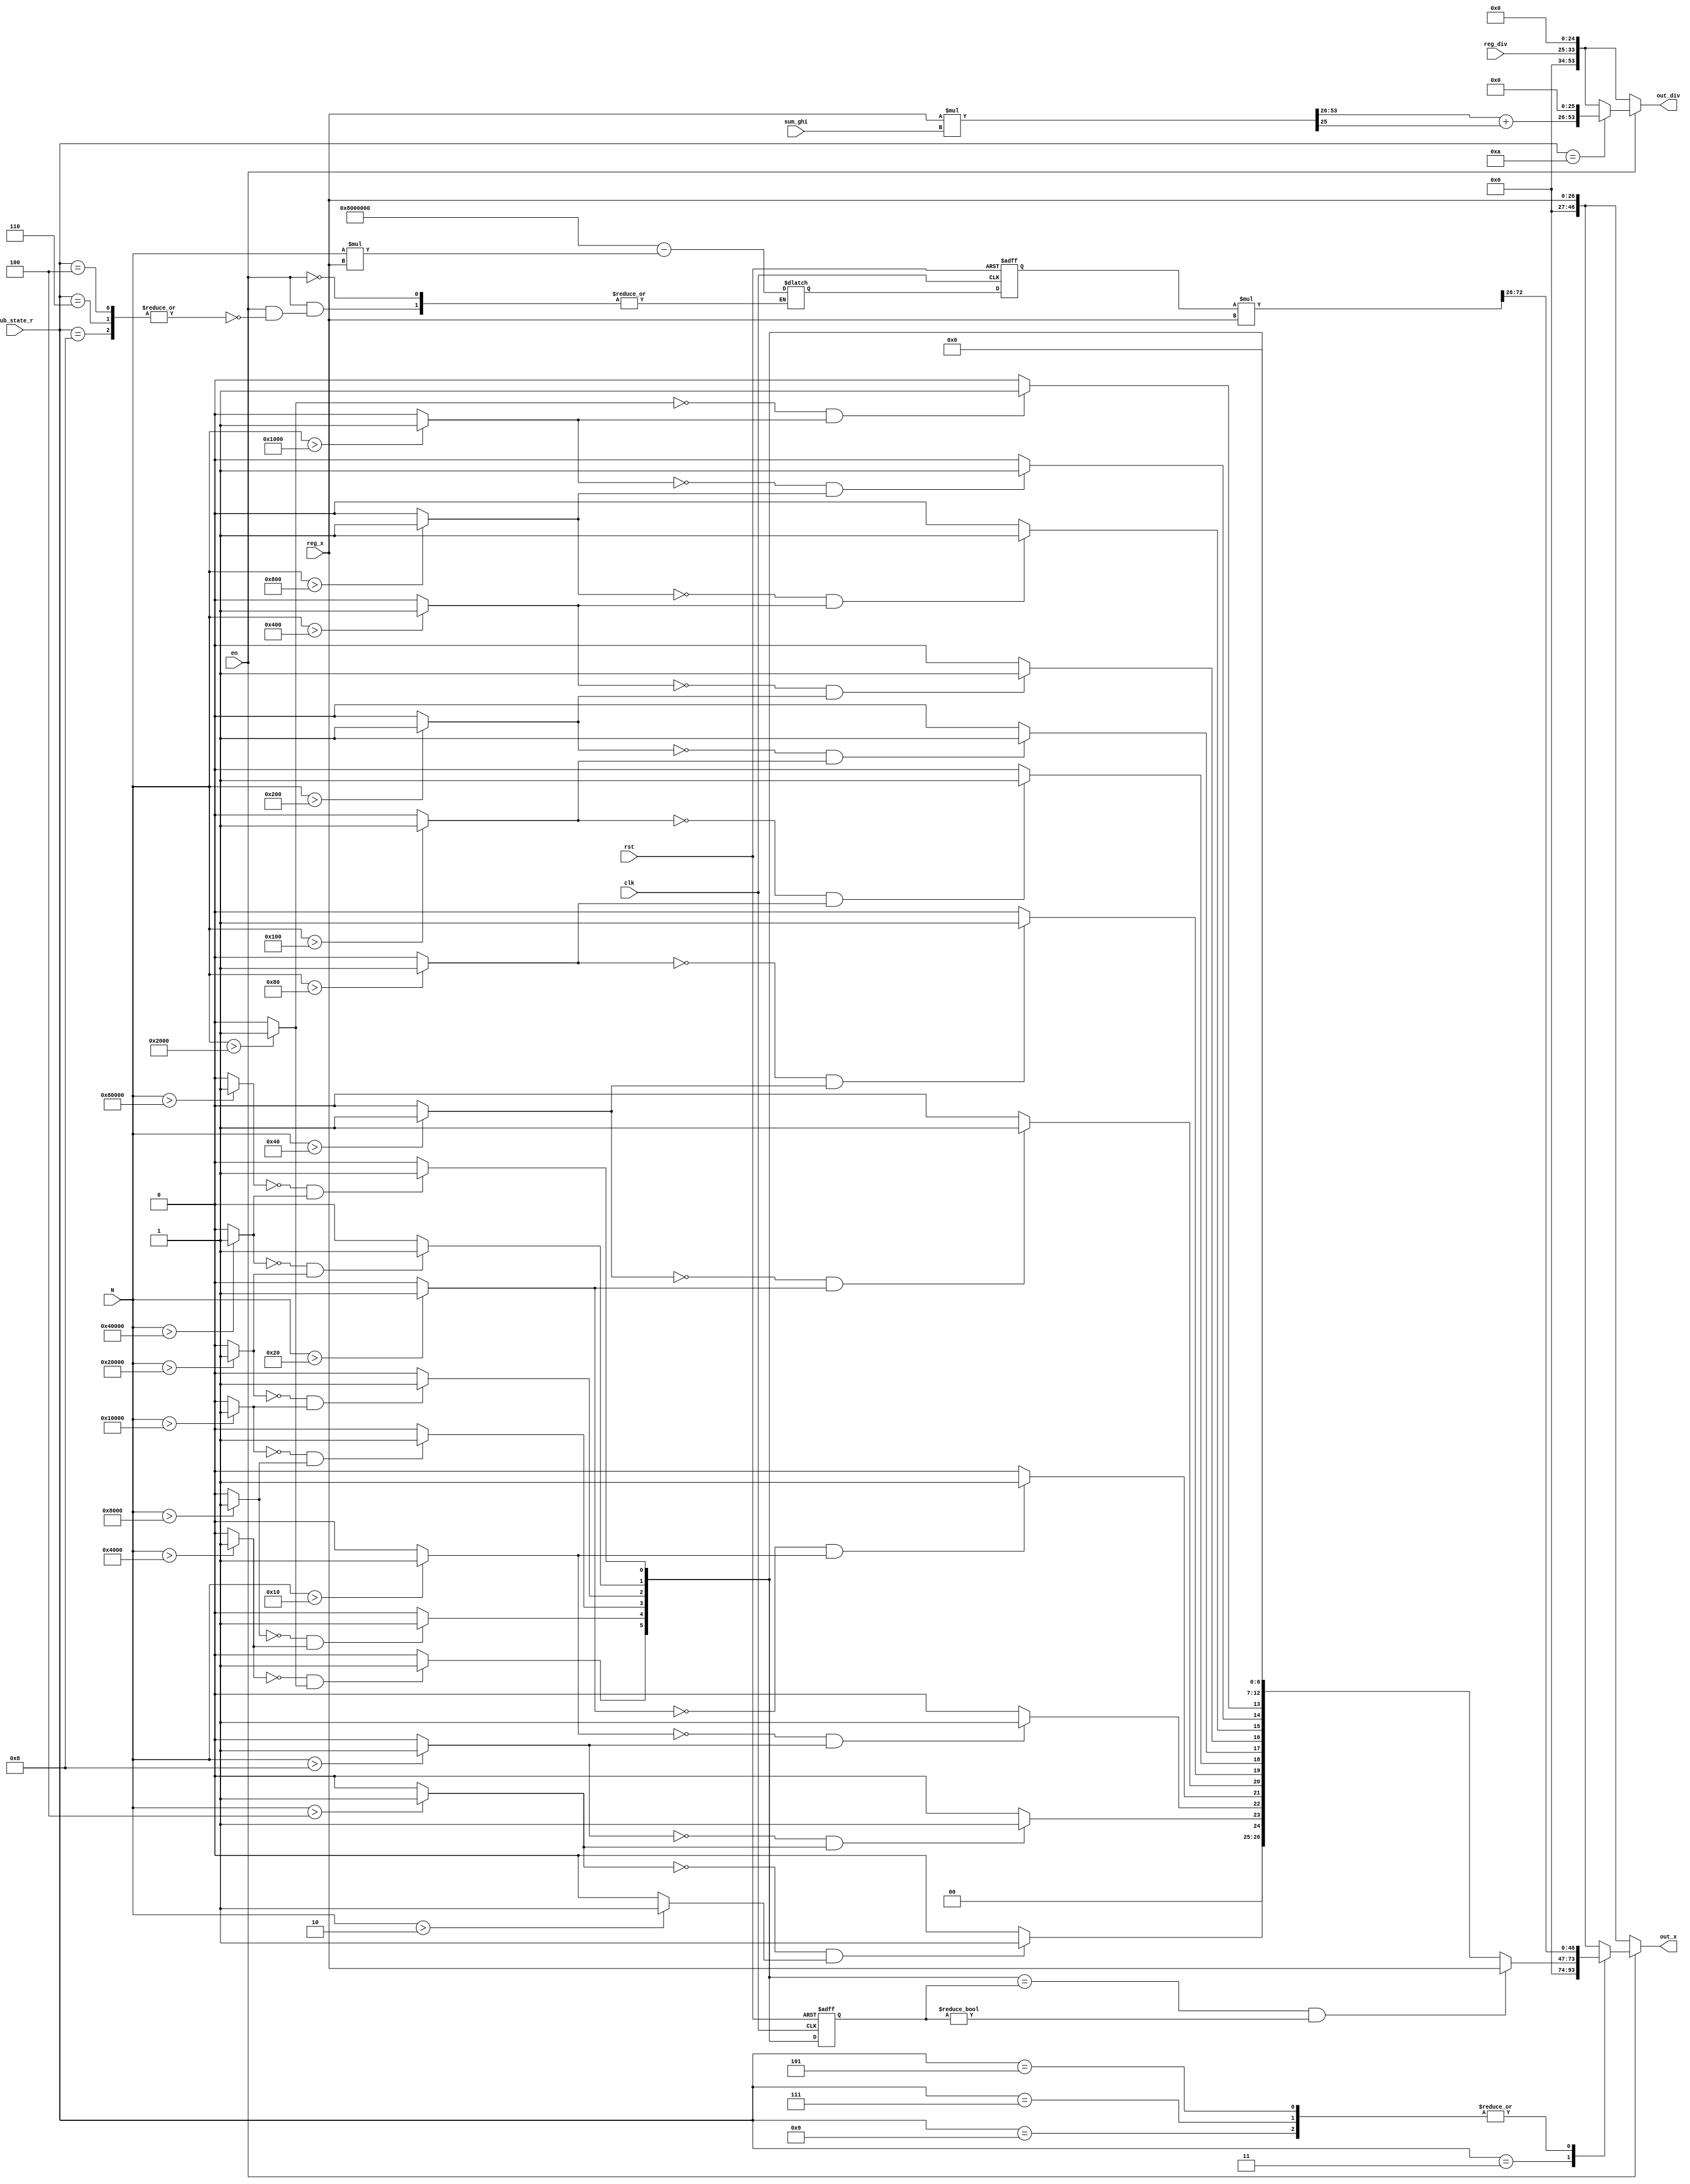

module div_ghi_gh(
    clk,rst,sub_state_r,
    sum_ghi,N,
    reg_div,out_div,
    reg_x,out_x,
    en
);

//==== I/O port ==========================
input   clk,rst;
input   [3:0]sub_state_r;
input   en;

input  [26:0] sum_ghi;      // 15bit int + 12bit frac 
input  [19:0] N;            // 8bit  int + 12bit frac

input      [26:0] reg_x;    // 1bit  int + (20+6)bit frac
output reg [46:0] out_x;    // 21bit int + 26bit frac //[73:0]
// output reg [73:0] out_x;    // 22bit int + 52bit frac
input       [8:0] reg_div;  // 8bit  int + 1bit frac
output reg [53:0] out_div;  // 16bit int + 38bit frac

reg  [5:0]  a_r;

wire init_1 ;
wire init_2 ;
wire init_3 ;
wire init_4 ;
wire init_5 ;
wire init_6 ;
wire init_7 ;
wire init_8 ;
wire init_9 ;
wire init_10;
wire init_11;
wire init_12;
wire init_13;
wire init_14;
wire init_15;
wire init_16;
wire init_17;
wire init_18;
wire init_19;

assign init_1  = (N>20'h2      )?1'b1:1'b0;
assign init_2  = (N>20'h4      )?1'b1:1'b0;
assign init_3  = (N>20'h8      )?1'b1:1'b0;
assign init_4  = (N>20'h10     )?1'b1:1'b0;
assign init_5  = (N>20'h20     )?1'b1:1'b0;
assign init_6  = (N>20'h40     )?1'b1:1'b0;
assign init_7  = (N>20'h80     )?1'b1:1'b0;
assign init_8  = (N>20'h100    )?1'b1:1'b0;
assign init_9  = (N>20'h200    )?1'b1:1'b0;
assign init_10 = (N>20'h400    )?1'b1:1'b0;
assign init_11 = (N>20'h800    )?1'b1:1'b0;
assign init_12 = (N>20'h1000   )?1'b1:1'b0;
assign init_13 = (N>20'h2000   )?1'b1:1'b0;
assign init_14 = (N>20'h4000   )?1'b1:1'b0;
assign init_15 = (N>20'h8000   )?1'b1:1'b0;
assign init_16 = (N>20'h1_0000 )?1'b1:1'b0;
assign init_17 = (N>20'h2_0000 )?1'b1:1'b0;
assign init_18 = (N>20'h4_0000 )?1'b1:1'b0;
assign init_19 = (N>20'h8_0000 )?1'b1:1'b0;

// wire a_1 ;
wire a_2 ;
wire a_3 ;
wire a_4 ;
wire a_5 ;
wire a_6 ;
wire a_7 ;
wire a_8 ;
wire a_9 ;
wire a_10;
wire a_11;
wire a_12;
wire a_13;
wire a_14;
wire a_15;
wire a_16;
wire a_17;
wire a_18;
wire a_19;

assign a_2  = (!init_2 && init_1 )?1'b1:1'b0;
assign a_3  = (!init_3 && init_2 )?1'b1:1'b0;
assign a_4  = (!init_4 && init_3 )?1'b1:1'b0;
assign a_5  = (!init_5 && init_4 )?1'b1:1'b0;
assign a_6  = (!init_6 && init_5 )?1'b1:1'b0;
assign a_7  = (!init_7 && init_6 )?1'b1:1'b0;
assign a_8  = (!init_8 && init_7 )?1'b1:1'b0;
assign a_9  = (!init_9 && init_8 )?1'b1:1'b0;
assign a_10 = (!init_10&& init_9 )?1'b1:1'b0;
assign a_11 = (!init_11&& init_10)?1'b1:1'b0;
assign a_12 = (!init_12&& init_11)?1'b1:1'b0;
assign a_13 = (!init_13&& init_12)?1'b1:1'b0;
assign a_14 = (!init_14&& init_13)?1'b1:1'b0;
assign a_15 = (!init_15&& init_14)?1'b1:1'b0;
assign a_16 = (!init_16&& init_15)?1'b1:1'b0;
assign a_17 = (!init_17&& init_16)?1'b1:1'b0;
assign a_18 = (!init_18&& init_17)?1'b1:1'b0;
assign a_19 = (!init_19&& init_18)?1'b1:1'b0;

reg [53:0] temp;


reg [46:0] NX_r;
reg [46:0] NX_w;
reg [73:0] temp_NX;

always @(*) begin
    if (en) begin

        out_x   = {21'b0,reg_x};
        // out_x   = {21'b0,reg_x,26'b0};
        out_div = {20'b0,reg_div,25'b0};
        
        case(sub_state_r)
        3:begin
            if(  {a_14,a_15,a_16,a_17,a_18,a_19} ==  a_r && a_r!=0)begin
                out_x   = {21'b0,reg_x};
                // out_x   = {21'b0,reg_x,26'b0};
            end
            else begin
                out_x = {21'b0,1'b0,a_2,a_3,a_4,a_5,a_6,a_7,a_8,a_9,a_10,a_11,a_12,a_13,a_14,a_15,a_16,a_17,a_18,a_19,7'b0};
                // out_x = {22'b0,1'b0,a_2,a_3,a_4,a_5,a_6,a_7,a_8,a_9,a_10,a_11,a_12,a_13,a_14,a_15,a_16,a_17,a_18,a_19,33'b0};
            end
            // 29bit int + 66bit frac
        end
        // 4,5,6,7,8,9:begin
        //     out_x = (47'h800_0000 - N * reg_x)*reg_x;
        // end
        4,6,8:begin
            NX_w = (47'h800_0000 - N * reg_x);
        end
        5,7,9:begin
            temp_NX = NX_r*reg_x;
            out_x   = temp_NX[72:26];
            // out_x = {21'b0,temp_NX[72:26],26'b0};
        end
        10:begin
            temp    = reg_x * sum_ghi;
            out_div = {temp[53:26] + temp[25],26'b0};
        end
        endcase 
        
    end
    else begin
        out_x   = {21'b0,reg_x};
        out_div = {20'b0,reg_div,25'b0};
    end
end

always @(posedge clk or posedge rst) begin
    if (rst) begin
        a_r     <= 0;
        NX_r    <= 0;
    end
    else begin
        a_r     <= {a_14,a_15,a_16,a_17,a_18,a_19};
        NX_r    <= NX_w;
    end
end


endmodule